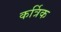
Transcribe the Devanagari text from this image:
कर्त्रिक